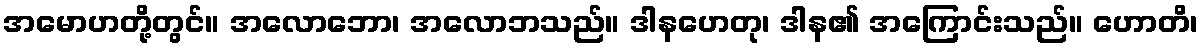
အမောဟတို့တွင်။ အလောဘော၊ အလောဘသည်။ ဒါနဟေတု၊ ဒါန၏ အကြောင်းသည်။ ဟောတိ၊